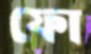
ফো